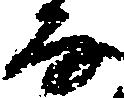
な